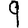
Digit: 9